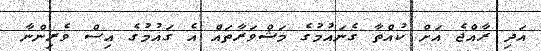
އަދި ރާއްޖެ އަށް ކުއްތާ ގެނައުމުގެ މަޝްވަރާތައް އެ ގައުމުގެ އިސް ވެރިންނާ